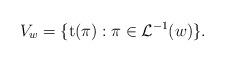
LaTeX: \begin{align*}V_w = \{\mathrm{t}(\pi): \pi \in \mathcal{L}^{-1}(w)\}.\end{align*}